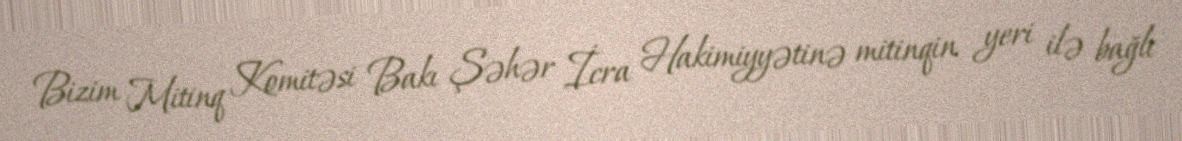
Bizim Mitinq Komitəsi Bakı Şəhər İcra Hakimiyyətinə mitinqin yeri ilə bağlı